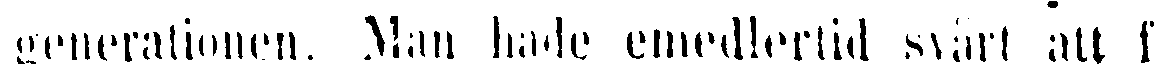
generationen. Man hade emedlertid svårt att f